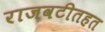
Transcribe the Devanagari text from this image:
राजवटीतहत